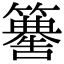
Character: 𥶚